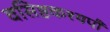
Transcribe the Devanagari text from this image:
वसिष्ठकश्यपौ